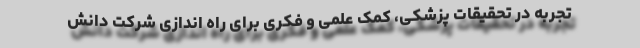
تجربه در تحقیقات پزشکی، کمک علمی و فکری برای راه اندازی شرکت دانش